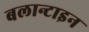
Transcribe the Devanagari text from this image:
बलान्टाइन